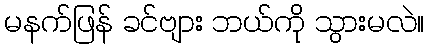
မနက်ဖြန် ခင်ဗျား ဘယ်ကို သွားမလဲ။